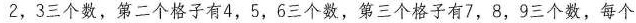
2，3三个数，第二个格子有4，5，6三个数，第三个格子有7，8，9三个数，每个